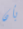
بأن